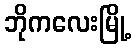
ဘိုကလေးမြို့